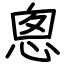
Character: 悤